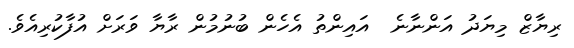
ރިޔާޒް މިޔަދު އަންނާނެ  އައިންތު އެހެން ބުނުމުން ރާޔާ ވަރަށް އުފާކުރިއެވެ.